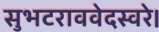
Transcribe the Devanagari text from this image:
सुभटराववेदस्वरे।